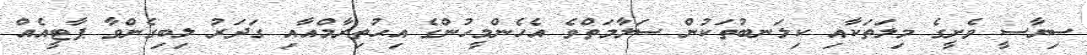
ސިޔާސީ ވެށީގެ މިލަތަކާއި ކިލަނބުތަކުން ސަލާމަތްވެ އެހެންމީހުންގެ އިޙުތިރާމްއާއި ގަދަރު ލިބިގެންވާ ޕާޓީއެއް